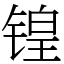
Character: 锽